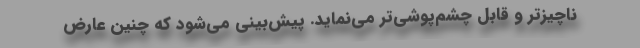
ناچیزتر و قابل چشم‌پوشی‌تر می‌نماید. پیش‌بینی می‌شود که چنین عارض